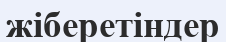
жіберетіндер